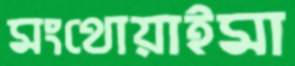
মংথোয়াইমা